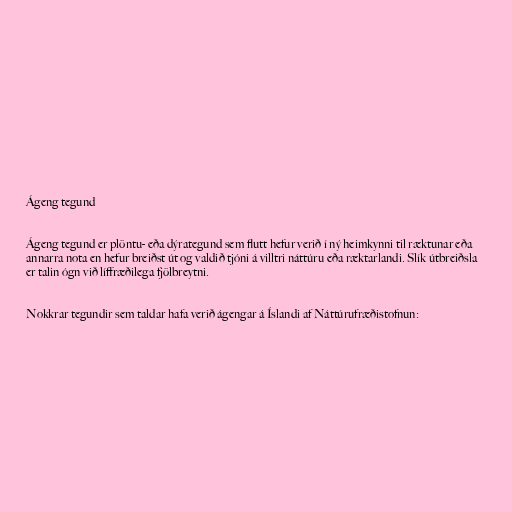
Ágeng tegund

Ágeng tegund er plöntu- eða dýrategund sem flutt hefur verið í ný heimkynni til ræktunar eða
annarra nota en hefur breiðst út og valdið tjóni á villtri náttúru eða ræktarlandi. Slík útbreiðsla
er talin ógn við líffræðilega fjölbreytni.

Nokkrar tegundir sem taldar hafa verið ágengar á Íslandi af Náttúrufræðistofnun: